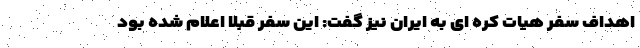
اهداف سفر هیات کره ای به ایران نیز گفت: این سفر قبلا اعلام شده بود